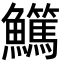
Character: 𩽖